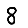
Digit: 8